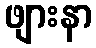
ဖျားနာ